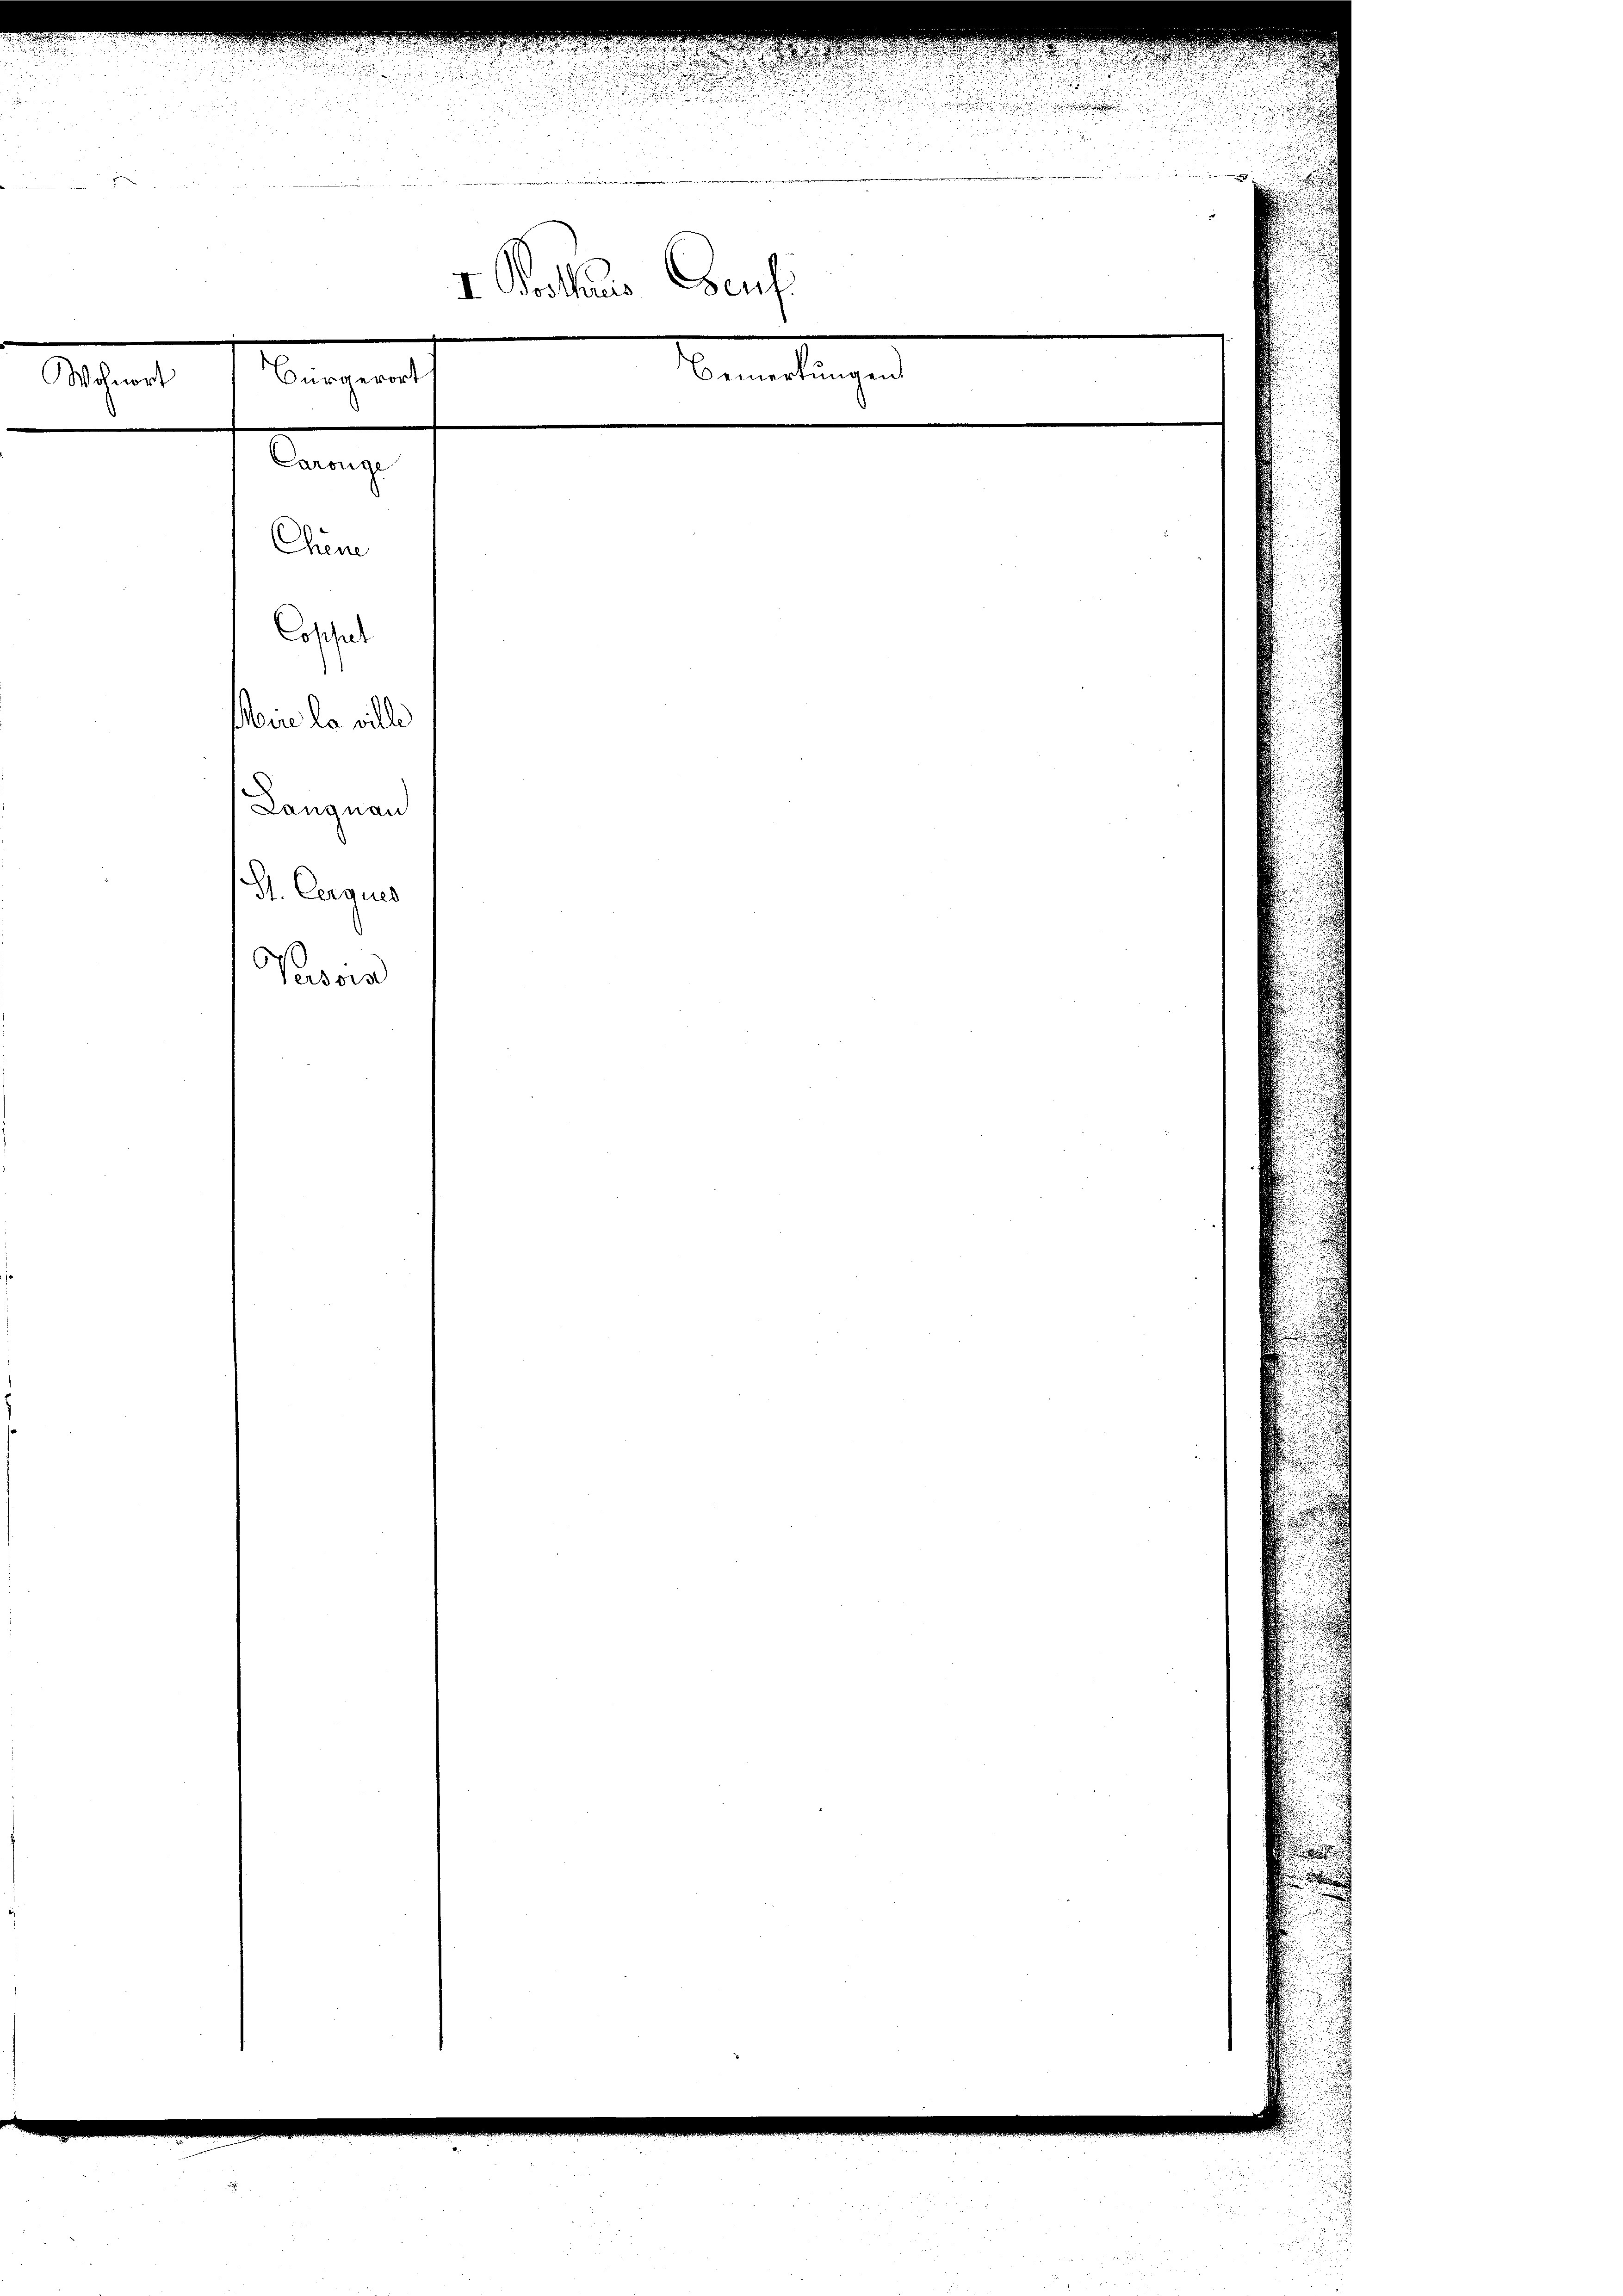
Bürgerort
Wohnort

Chem
Coschul
Nure la ville
Langnau
St. Carques
Persor

Carouge

I. Posthaus Genf.

e
Bemerkungen